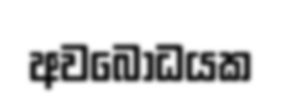
අවබෝධයක